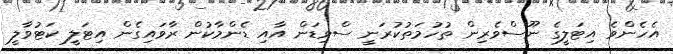
އެހެންވެ އިޓަލީގެ ނޫސްވެރިން ތުހުމަތުކުރަނީ ސްވިޑަން އާއި ޑެންމާކުން ރާވައިގެން އިޓަލީ ކަޓުވާލީ